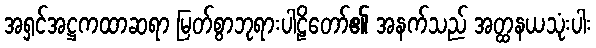
အရှင်အဋ္ဌကထာဆရာ မြတ်စွာဘုရားပါဠိတော်၏ အနက်သည် အတ္ထနယသုံးပါး